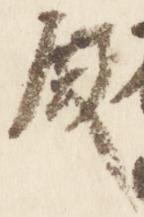
殿